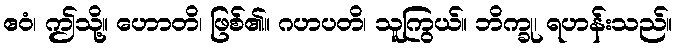
ဧဝံ၊ ဤသို့။ ဟောတိ၊ ဖြစ်၏။ ဂဟပတိ၊ သူကြွယ်။ ဘိက္ခု၊ ရဟန်းသည်။